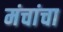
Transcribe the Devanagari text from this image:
मंचांचा